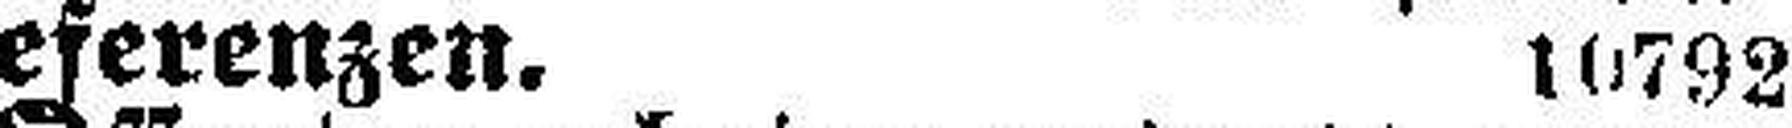
Referenzen.  10792